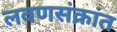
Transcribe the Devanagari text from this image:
लवणसंक्रांत